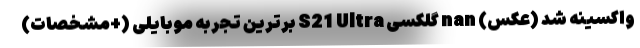
واکسینه شد (عکس) nan گلکسی S21 Ultra برترین تجربه موبایلی (+مشخصات)